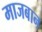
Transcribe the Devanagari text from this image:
माजबान